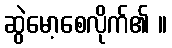
ဆွဲမော့စေလိုက်၏ ။